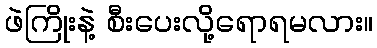
ဖဲကြိုးနဲ့ စီးပေးလို့ရောရမလား။